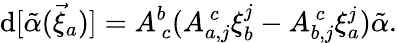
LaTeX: \mathrm{d}[{\tilde{{\alpha}}}(\vec{{\xi}}_{a})]=A_{~c}^{b}(A_{a,j}^{~c}\xi_{b}^{j}-A_{b,j}^{~c}\xi_{a}^{j}){\tilde{{\alpha}}}.